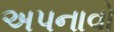
અપનાવો